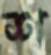
শ